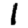
Digit: 1